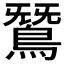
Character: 𪂫